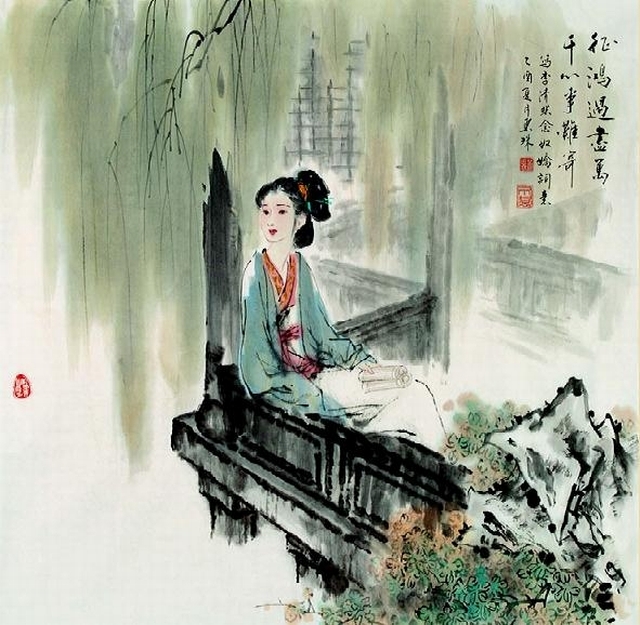
清露晨流，新桐初引，多少游春意。